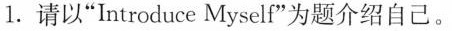
1.请以”Introduce Myself”为题介绍自己。